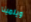
ويلمينا